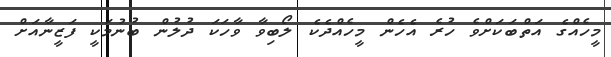
މީހެއްގެ އަތްބަކަށްވެ ހުރެ އެހެން މީހެއްދެކެ ލޯބިވާ ވާހަކަ ދުލުން ބުނުމަކީ ފަޒީނާއަށް